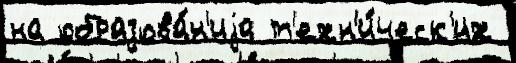
на образова́н'иjа т'ехн'и́ческ'их